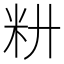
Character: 𰪧